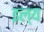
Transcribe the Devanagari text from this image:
इल्य